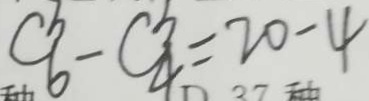
C ^ { b } _ { 6 } - C ^ { b } _ { 4 } = 2 0 - 4